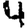
Digit: 4